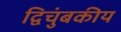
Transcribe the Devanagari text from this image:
द्विचुंबकीय